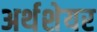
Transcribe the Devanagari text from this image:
अर्थशेयर